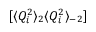
[ \langle Q _ { i } ^ { 2 } \rangle _ { 2 } \langle Q _ { i } ^ { 2 } \rangle _ { - 2 } ]